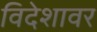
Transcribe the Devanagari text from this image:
विदेशावर